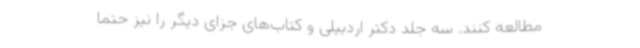
مطالعه کنند. سه جلد دکتر اردبیلی و کتاب‌های جزای دیگر را نیز حتما